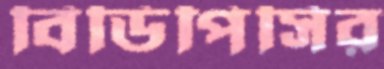
বিডিপিসির